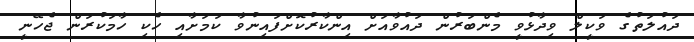
ދައުލަތުގެ ވަކީލް ވިދާޅުވީ މެންބަރުން ދައުވާއަށް އިންކާރުކޮށްފައިނުވާ ކަމަށާއި ހެކި ހާމަކުރަން ޖެހޭނީ